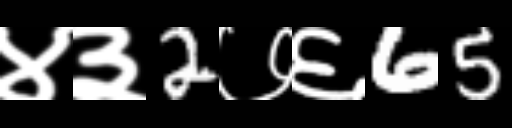
Text: ४३2७६65